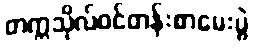
တက္ကသိုလ်ဝင်တန်းစာမေးပွဲ